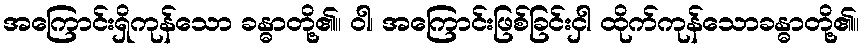
အကြောင်းရှိကုန်သော ခန္ဓာတို့၏။ ဝါ၊ အကြောင်းဖြစ်ခြင်းငှါ ထိုက်ကုန်သောခန္ဓာတို့၏။